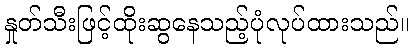
နှုတ်သီးဖြင့်ထိုးဆွနေသည့်ပုံလုပ်ထားသည်။